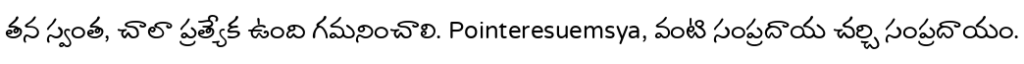
తన స్వంత, చాలా ప్రత్యేక ఉంది గమనించాలి. Pointeresuemsya, వంటి సంప్రదాయ చర్చి సంప్రదాయం.